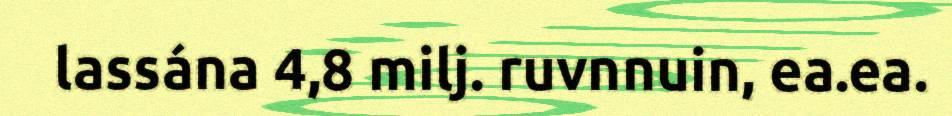
lassána 4,8 milj. ruvnnuin, ea.ea.